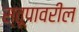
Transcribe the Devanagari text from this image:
स्तूपावरील